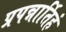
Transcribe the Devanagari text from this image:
प्रपन्नार्तिहं